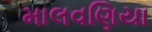
માલવણિયા